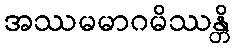
အဿမမာဂမိဿန္တိ